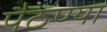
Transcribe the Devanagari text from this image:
पैठण्या